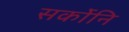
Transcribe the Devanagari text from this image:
सर्कोनि